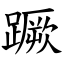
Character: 蹶